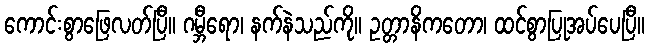
ကောင်းစွာဖြေလတ်ပြီ။ ဂမ္ဘီရော၊ နက်နဲသည်ကို။ ဥတ္တာနိကတော၊ ထင်စွာပြုအပ်ပေပြီ။